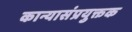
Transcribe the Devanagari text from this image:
कान्यासंप्रयुक्तक